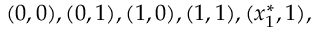
( 0 , 0 ) , ( 0 , 1 ) , ( 1 , 0 ) , ( 1 , 1 ) , ( x _ { 1 } ^ { * } , 1 ) ,